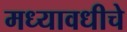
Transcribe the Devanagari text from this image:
मध्यावधीचे